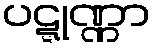
ပဋ္ဋုဏ္ဏာ